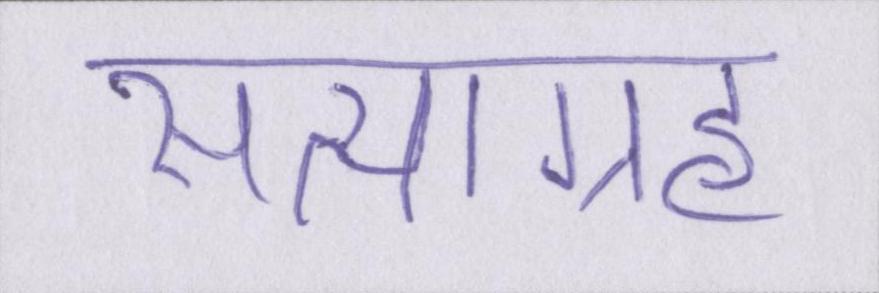
सत्याग्रह